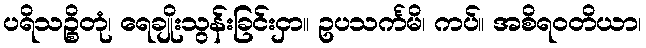
ပရိသဉ္စိတုံ၊ ရေချိုးသွန်းခြင်းငှာ။ ဥပသင်္ကမိ၊ ကပ်။ အစိရဝတိယာ၊